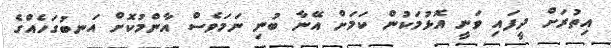
އިތުރަށް ދީފައި ވަނީ އޮޅުމަކުން ކަމަށް އޭނާ ބުނި ނަމަވެސް އާންމުކޮށް އަނބުގަހެއްގެ